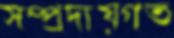
সম্প্রদায়গত